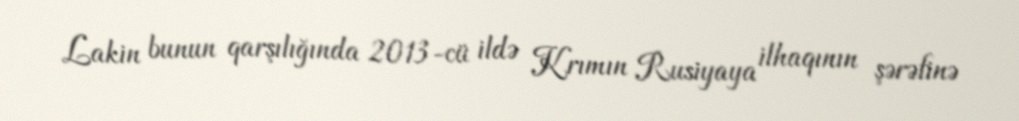
Lakin bunun qarşılığında 2013-cü ildə Krımın Rusiyaya ilhaqının şərəfinə